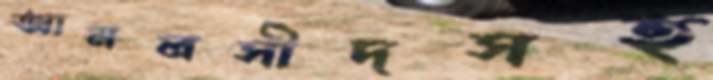
আমলসীদসহ